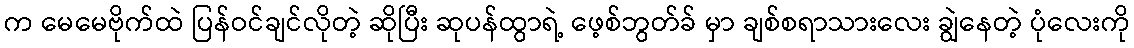
က မေမေဗိုက်ထဲ ပြန်ဝင်ချင်လိုတဲ့ ဆိုပြီး ဆုပန်ထွာရဲ့ ဖေ့စ်ဘွတ်ခ် မှာ ချစ်စရာသားလေး ချွဲနေတဲ့ ပုံလေးကို